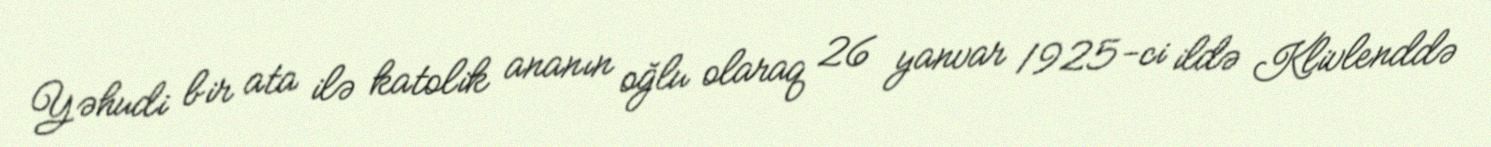
Yəhudi bir ata ilə katolik ananın oğlu olaraq 26 yanvar 1925-ci ildə Klivlenddə